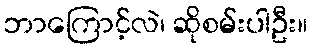
ဘာကြောင့်လဲ၊ ဆိုစမ်းပါဦး။